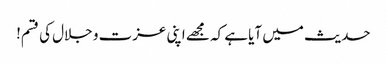
حدیث میں آیا ہے کہ مجھے اپنی عزت و جلال کی قسم!